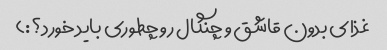
غذای بدون قاشق و چنگال رو چطوری باید خورد؟:)